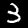
Digit: 3